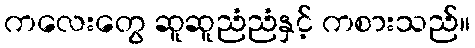
ကလေးတွေ ဆူဆူညံညံနှင့် ကစားသည်။